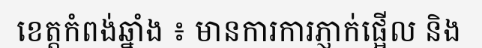
ខេត្តកំពង់ឆ្នាំង ៖ មានការការភ្ញាក់ផ្អើល និង